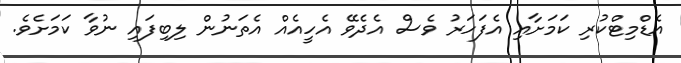
އެޑްމިޓްކުރި ކަމަށާއި އެފަހަރު ވެސް އެދެވޭ އެހީއެއް އެތަނުން ލިބިފައި ނުވާ ކަމަށެވެ.